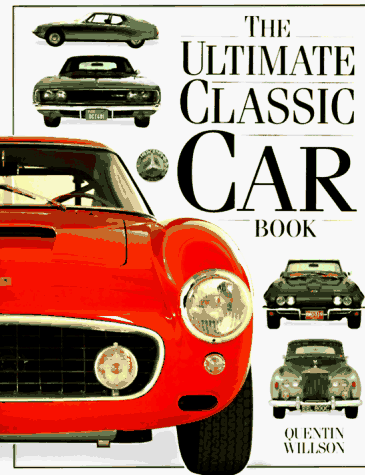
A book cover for The Ultimate Classic Car Book; Quentin Willson; Engineering & Transportation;